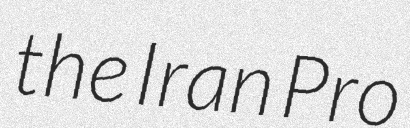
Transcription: the Iran Pro